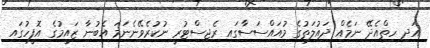
އަދި ހިތްއެދޭ ނަމެއް ދައުލަތުގެ މުއައްސަސާގައި ރެޖިސްޓުރީ ނުކުރެވޭނެނަމަ އެބުނާ ޒައީމުގެ އޮފީހުގައި